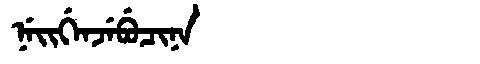
Manchu: ᠨᡝᡳᡤᡝᠨᠵᡝᠪᡠᠴᡳᠨᠠ
Romanization: NEIGENJEBUCINA